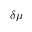
\delta \mu